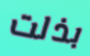
بذلت